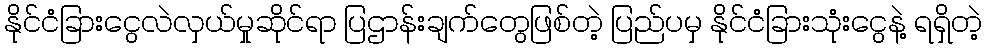
နိုင်ငံခြားငွေလဲလှယ်မှုဆိုင်ရာ ပြဌာန်းချက်တွေဖြစ်တဲ့ ပြည်ပမှ နိုင်ငံခြားသုံးငွေနဲ့ ရရှိတဲ့